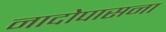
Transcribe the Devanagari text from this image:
नादोपासना